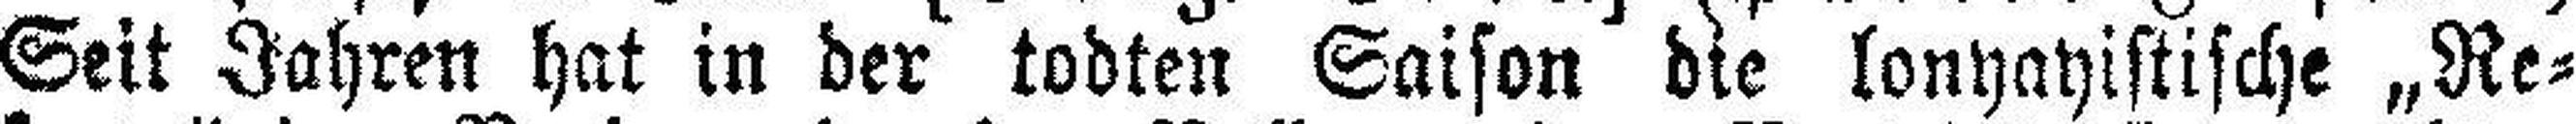
Seit Jahren hat in der todten Saison die lonyayistische „Re¬